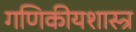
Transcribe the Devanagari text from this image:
गणिकीयशास्त्र